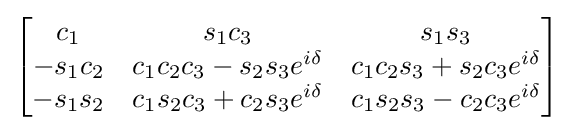
{\begin{bmatrix}c_{1}&s_{1}c_{3}&s_{1}s_{3}\\-s_{1}c_{2}&c_{1}c_{2}c_{3}-s_{2}s_{3}e^{i\delta }&c_{1}c_{2}s_{3}+s_{2}c_{3}e^{i\delta }\\-s_{1}s_{2}&c_{1}s_{2}c_{3}+c_{2}s_{3}e^{i\delta }&c_{1}s_{2}s_{3}-c_{2}c_{3}e^{i\delta }\end{bmatrix}}